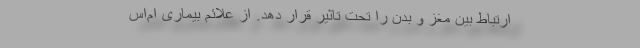
ارتباط بین مغز و بدن را تحت تاثیر قرار دهد. از علائم بیماری ام‌اس